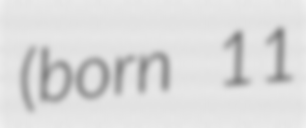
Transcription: (born 11